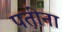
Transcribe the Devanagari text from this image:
पतींना